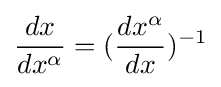
{\frac {dx}{dx^{\alpha }}}=({\frac {dx^{\alpha }}{dx}})^{-1}